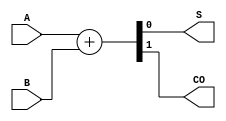
/**
	
	NN1
	N1
	@Author: Johnson Liu (JourneyBean)
	@Date: 2020/5/6
*/

module HalfAdder_1b ( A, B, S, CO );

	input			A, B;
	output			S, CO;
	
	assign {CO, S} = A + B;
	
endmodule

module FullAdder_1b ( A, B, CI, S, CO );

	input			A, B, CI;
	output			S, CO;
	
	assign {CO, S} = A + B + CI;
	
endmodule

module HalfAdder_4b ( A, B, S, CO );

	input	[3:0]	A, B;
	output	[3:0]	S;
	output			CO;
	
	wire	[2:0]	C;
	
	HalfAdder_1b a0 ( .A(A[0]), .B(B[0]),            .S(S[0]), .CO(C[0]) );
	FullAdder_1b a1 ( .A(A[1]), .B(B[1]), .CI(C[0]), .S(S[1]), .CO(C[1]) );
	FullAdder_1b a2 ( .A(A[2]), .B(B[2]), .CI(C[1]), .S(S[2]), .CO(C[2]) );
	FullAdder_1b a7 ( .A(A[3]), .B(B[3]), .CI(C[2]), .S(S[3]), .CO(CO) );

endmodule

module HalfAdder

	# ( parameter N=8 )

(
	input	wire	[N-1:0]	A, B,
	output	wire	[N-1:0]	S,
	output	wire			CO
);

	assign {CO, S} = A + B;

endmodule

module FullAdder

	# ( parameter N=8 )

(
	input	wire	[N-1:0]	A, B,
	input	wire			CI,
	output	wire	[N-1:0]	S,
	output	wire			CO
);

	assign {CO, S} = A + B + CI;

endmodule